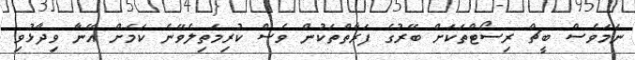
ނަމަވެސް ބީޗް ރިސޯޓްތަކަށް ބޭރުގެ ފަރާތްތަކުން ވެސް ކުރިމަތިލެވޭނެ ކަމަށް އޭނާ ވިދާޅުވި